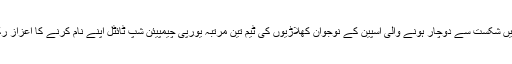
اس میچ میں شکست سے دوچار ہونے والی اسپین کے نوجوان کھلاڑیوں کی ٹیم تین مرتبہ یورپی چیمپیئن شپ ٹائٹل اپنے نام کرنے کا اعزاز رکھتی ہے۔